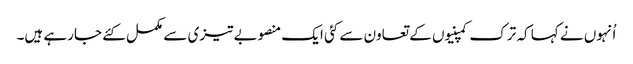
اُنہوں نے کہا کہ ترک کمپنیوں کے تعاون سے کئی ایک منصوبے تیزی سے مکمل کئے جارہے ہیں۔